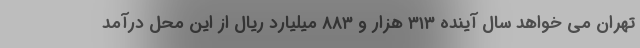
تهران می خواهد سال آینده ۳۱۳ هزار و ۸۸۳ میلیارد ریال از این محل درآمد